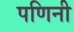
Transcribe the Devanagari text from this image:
पणिनी